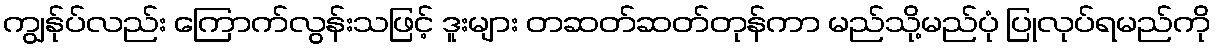
ကျွန်ုပ်လည်း ကြောက်လွန်းသဖြင့် ဒူးများ တဆတ်ဆတ်တုန်ကာ မည်သို့မည်ပုံ ပြုလုပ်ရမည်ကို